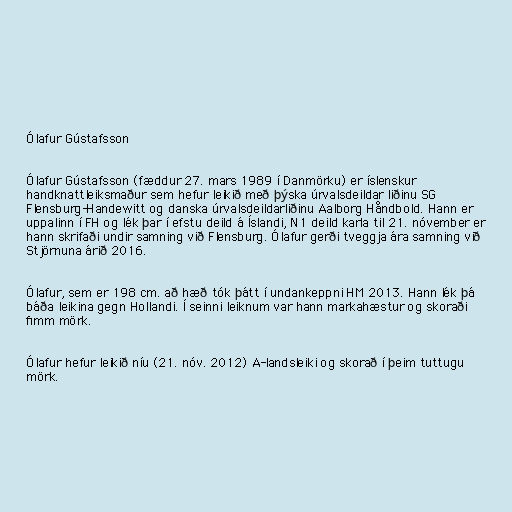
Ólafur Gústafsson

Ólafur Gústafsson (fæddur 27. mars 1989 í Danmörku) er íslenskur
handknattleiksmaður sem hefur leikið með þýska úrvalsdeildar liðinu SG
Flensburg-Handewitt og danska úrvalsdeildarliðinu Aalborg Håndbold. Hann er
uppalinn í FH og lék þar í efstu deild á Íslandi, N1 deild karla til 21. nóvember er
hann skrifaði undir samning við Flensburg. Ólafur gerði tveggja ára samning við
Stjörnuna árið 2016.

Ólafur, sem er 198 cm. að hæð tók þátt í undankeppni HM 2013. Hann lék þá
báða leikina gegn Hollandi. Í seinni leiknum var hann markahæstur og skoraði
fimm mörk.

Ólafur hefur leikið níu (21. nóv. 2012) A-landsleiki og skorað í þeim tuttugu
mörk.